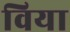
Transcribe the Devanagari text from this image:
विया